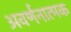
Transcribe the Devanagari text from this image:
अवर्णनात्मक